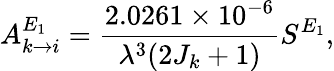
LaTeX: A_{k\rightarrow i}^{E_{1}}=\frac{2.0261\times 10^{-6}}{\lambda^{3}(2J_{k}+1)}S^{E_{1}},